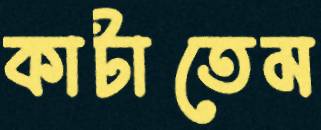
কাটাতেম